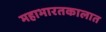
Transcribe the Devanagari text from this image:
महाभारतकालात